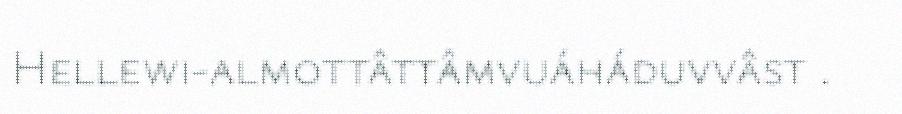
Hellewi-almottâttâmvuáháduvvâst .